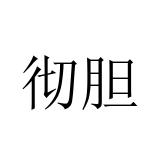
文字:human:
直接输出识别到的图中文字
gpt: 彻胆